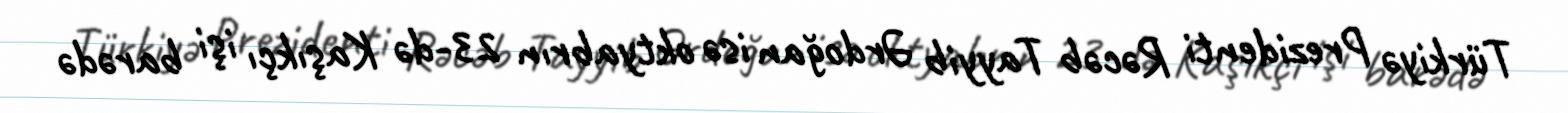
Türkiyə Prezidenti Rəcəb Tayyib Ərdoğan isə oktyabrın 23-də Kaşıkçı işi barədə